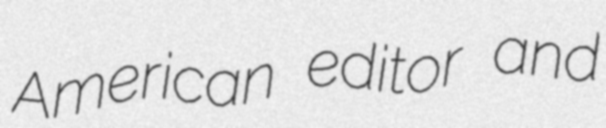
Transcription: American editor and